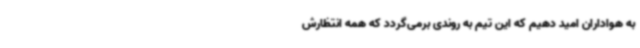
به هواداران امید دهیم که این تیم به روندی برمی‌گردد که همه انتظارش